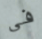
فى